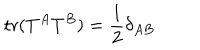
LaTeX: \mathrm { t r } ( T ^ { A } T ^ { B } ) = { \frac { 1 } { 2 } } \delta _ { A B }